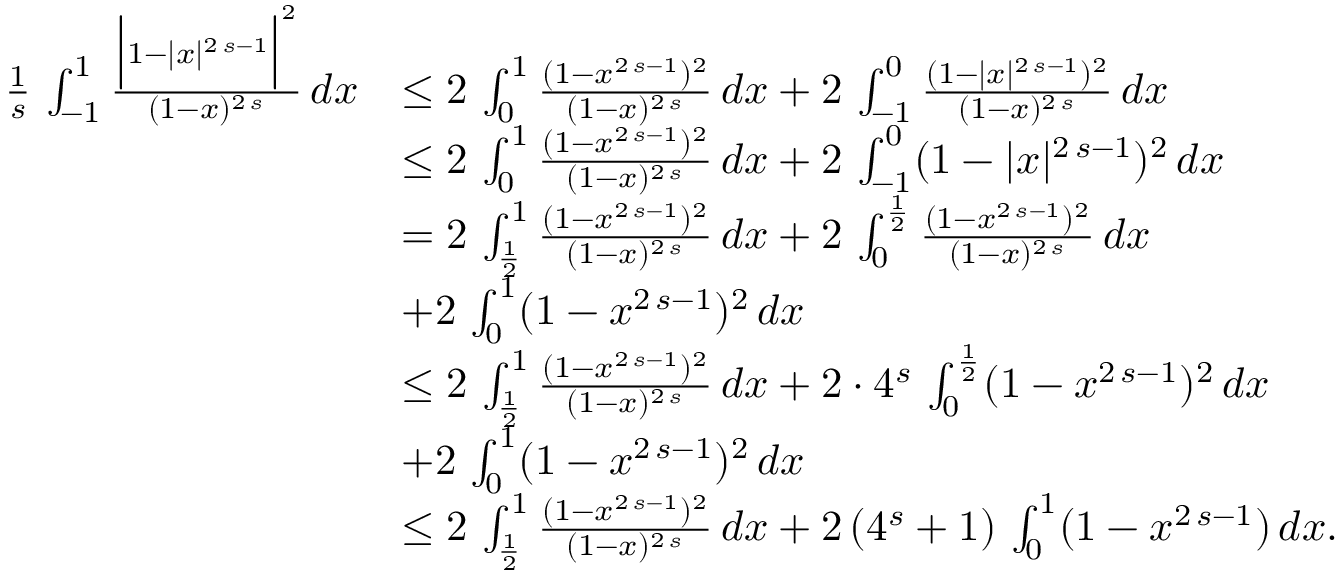
\begin{array} { r l } { \frac { 1 } { s } \, \int _ { - 1 } ^ { 1 } \frac { \Big | 1 - | x | ^ { 2 \, s - 1 } \Big | ^ { 2 } } { ( 1 - x ) ^ { 2 \, s } } \, d x } & { \le 2 \, \int _ { 0 } ^ { 1 } \frac { ( 1 - x ^ { 2 \, s - 1 } ) ^ { 2 } } { ( 1 - x ) ^ { 2 \, s } } \, d x + 2 \, \int _ { - 1 } ^ { 0 } \frac { ( 1 - | x | ^ { 2 \, s - 1 } ) ^ { 2 } } { ( 1 - x ) ^ { 2 \, s } } \, d x } \\ & { \le 2 \, \int _ { 0 } ^ { 1 } \frac { ( 1 - x ^ { 2 \, s - 1 } ) ^ { 2 } } { ( 1 - x ) ^ { 2 \, s } } \, d x + 2 \, \int _ { - 1 } ^ { 0 } ( 1 - | x | ^ { 2 \, s - 1 } ) ^ { 2 } \, d x } \\ & { = 2 \, \int _ { \frac { 1 } { 2 } } ^ { 1 } \frac { ( 1 - x ^ { 2 \, s - 1 } ) ^ { 2 } } { ( 1 - x ) ^ { 2 \, s } } \, d x + 2 \, \int _ { 0 } ^ { \frac { 1 } { 2 } } \frac { ( 1 - x ^ { 2 \, s - 1 } ) ^ { 2 } } { ( 1 - x ) ^ { 2 \, s } } \, d x } \\ & { + 2 \, \int _ { 0 } ^ { 1 } ( 1 - x ^ { 2 \, s - 1 } ) ^ { 2 } \, d x } \\ & { \le 2 \, \int _ { \frac { 1 } { 2 } } ^ { 1 } \frac { ( 1 - x ^ { 2 \, s - 1 } ) ^ { 2 } } { ( 1 - x ) ^ { 2 \, s } } \, d x + 2 \cdot 4 ^ { s } \, \int _ { 0 } ^ { \frac { 1 } { 2 } } ( 1 - x ^ { 2 \, s - 1 } ) ^ { 2 } \, d x } \\ & { + 2 \, \int _ { 0 } ^ { 1 } ( 1 - x ^ { 2 \, s - 1 } ) ^ { 2 } \, d x } \\ & { \le 2 \, \int _ { \frac { 1 } { 2 } } ^ { 1 } \frac { ( 1 - x ^ { 2 \, s - 1 } ) ^ { 2 } } { ( 1 - x ) ^ { 2 \, s } } \, d x + 2 \, ( 4 ^ { s } + 1 ) \, \int _ { 0 } ^ { 1 } ( 1 - x ^ { 2 \, s - 1 } ) \, d x . } \end{array}